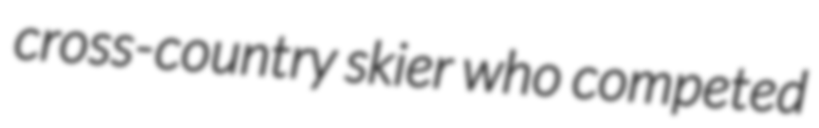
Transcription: cross-country skier who competed